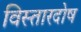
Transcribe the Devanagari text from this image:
विस्तारदोष